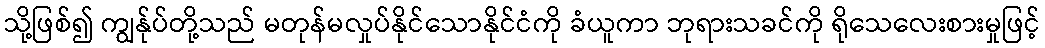
သို့ဖြစ်၍ ကျွန်ုပ်တို့သည် မတုန်မလှုပ်နိုင်သောနိုင်ငံကို ခံယူကာ ဘုရားသခင်ကို ရိုသေလေးစားမှုဖြင့်